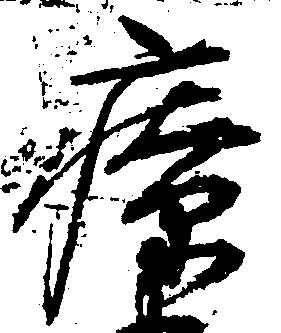
療